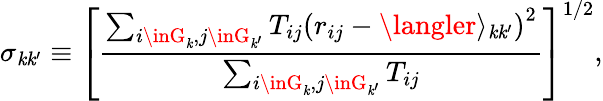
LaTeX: \sigma_{\mathit{k}\mathit{k}^{\prime}}\equiv\left[\frac{{\sum_{i\inG_{\mathit{k}},j\inG_{\mathit{k}^{\prime}}}T_{ij}\left(r_{ij}-\langler\rangle_{\mathit{k}\mathit{k}^{\prime}}\right)^{2}}}{{\sum_{i\inG_{\mathit{k}},j\inG_{\mathit{k}^{\prime}}}{T_{ij}}}}\right]^{1/2},